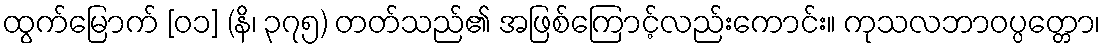
ထွက်မြောက် [၀၁] (နိ၊ ၃၇၅) တတ်သည်၏ အဖြစ်ကြောင့်လည်းကောင်း။ ကုသလဘာဝပ္ပတ္တော၊